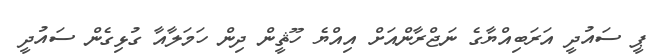
ޕީ ސައުދީ އަރަބިއްޔާގެ ނަޖްރާންއަށް އިއްޔެ ހޫޘީން ދިން ހަމަލާއާ ގުޅިގެން ސައުދީ